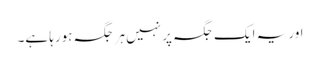
اور یہ ایک جگہ پر نہیں ہر جگہ ہورہا ہے۔